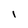
Character: I